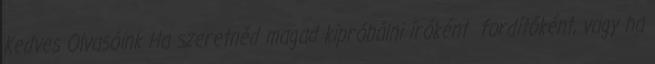
Kedves Olvasóink Ha szeretnéd magad kipróbálni íróként fordítóként, vagy ha